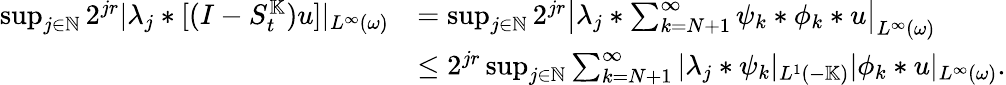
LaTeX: \begin{array}{rl}{\operatorname*{sup}_{j\in\mathbb{N}}2^{jr}|\lambda_{j}\ast[(I-S_{t}^{\mathbb{K}})u]|_{L^{\infty}(\omega)}}&{=\operatorname*{sup}_{j\in\mathbb{N}}2^{jr}\left|\lambda_{j}\ast\sum_{k=N+1}^{\infty}\psi_{k}\ast\phi_{k}\ast u\right|_{L^{\infty}(\omega)}}\\ &{\leq 2^{jr}\operatorname*{sup}_{j\in\mathbb{N}}\sum_{k=N+1}^{\infty}|\lambda_{j}\ast\psi_{k}|_{L^{1}(-\mathbb{K})}|\phi_{k}\ast u|_{L^{\infty}(\omega)}.}\end{array}